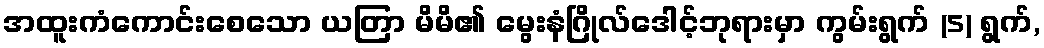
အထူးကံကောင်းစေသော ယတြာ မိမိ၏ မွေးနံဂြိုလ်ဒေါင့်ဘုရားမှာ ကွမ်းရွက် (5) ရွက်,